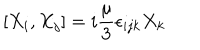
LaTeX: [ X _ { i } , X _ { j } ] = i { \frac { \mu } { 3 } } \epsilon _ { i j k } X _ { k }